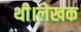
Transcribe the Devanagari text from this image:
थी।लेखक